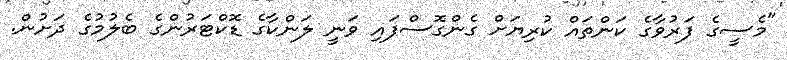
"މެސީގެ ފަރުވާގެ ކަންތައް ކުރިޔަށް ގެންގޮސްފައި ވަނީ ލަންކާގެ ޑޮކްޓަރުންގެ ބެލުމުގެ ދަށުން.